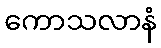
ကောသလာနံ